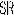
SR